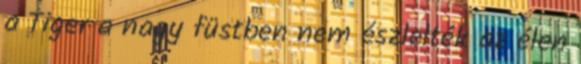
a Tiger a nagy füstben nem észlelték az élen